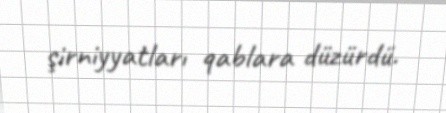
şirniyyatları qablara düzürdü.